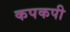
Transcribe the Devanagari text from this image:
कपकपी